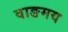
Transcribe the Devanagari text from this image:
वाङमय